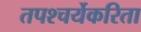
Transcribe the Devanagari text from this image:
तपश्चर्येकरिता